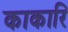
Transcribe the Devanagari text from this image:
काकारि